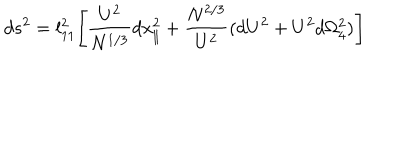
d s ^ { 2 } = l _ { 1 1 } ^ { 2 } \Biggl [ { \frac { U ^ { 2 } } { N ^ { 1 / 3 } } } d x _ { \parallel } ^ { 2 } + \frac { { N } ^ { 2 / 3 } } { U ^ { 2 } } ( d U ^ { 2 } + U ^ { 2 } d \Omega _ { 4 } ^ { 2 } ) \Biggr ]